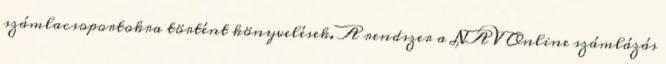
számlacsoportokra történt könyvelések. A rendszer a NAV Online számlázás